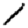
Digit: 1